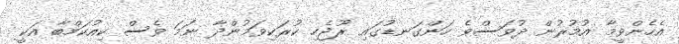
އެހެންވީމާ އުމުރުން ދުވަސްވެ ހަންގަނޑުގައި ރޫޖެހި ކުރަކިވަމުންދާ ނަމަ ވެސް ކިއުކަމްބާ އަކީ